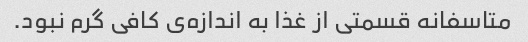
متاسفانه قسمتی از غذا به اندازه‌ی کافی گرم نبود.